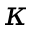
\kappa